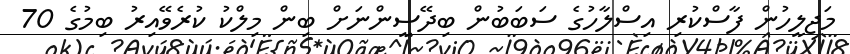
މަޖިލީހުން ފާސްކުރި އިސްލާހުގެ ސަބަބުން ބިދޭސީންނަށް ބިން މިލްކު ކުރެވޭއިރު ބިމުގެ 70